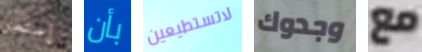
إستمر بأن لاتستطيعين وجدوك مع